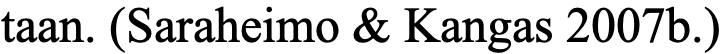
taan. (Saraheimo & Kangas 2007b.)